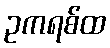
ဥကရစ်ထ